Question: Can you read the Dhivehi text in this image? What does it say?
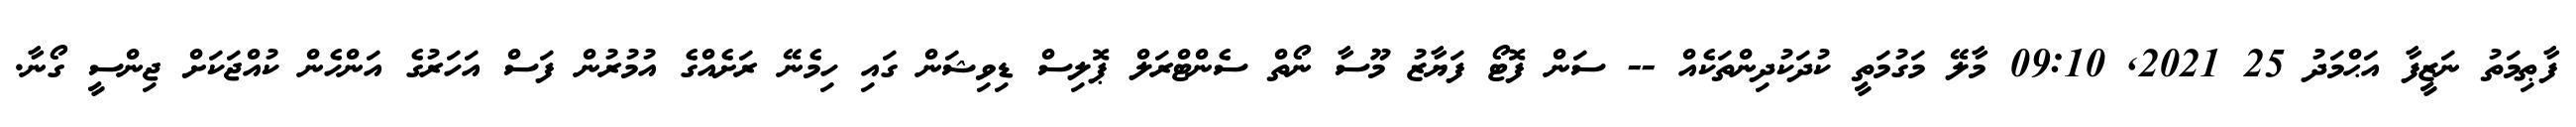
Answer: ފާޠިމަތު ނަޒީފާ އަޙްމަދު 25 2021, 09:10 މާލޭ މަގުމަތީ ކުދަކުދިންތަކެއް -- ސަން ފޮޓޯ ފަޔާޒު މޫސާ ނޯތް ސެންޓްރަލް ޕޮލިސް ޑިވިޝަން ގައި ހިމެނޭ ރަށެއްގެ އުމުރުން ފަސް އަހަރުގެ އަންހެން ކުއްޖަކަށް ޖިންސީ ގޯނާ.